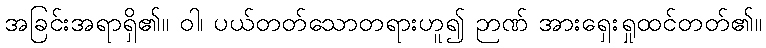
အခြင်းအရာရှိ၏။ ဝါ၊ ပယ်တတ်သောတရားဟူ၍ ဉာဏ် အားရှေးရှုထင်တတ်၏။